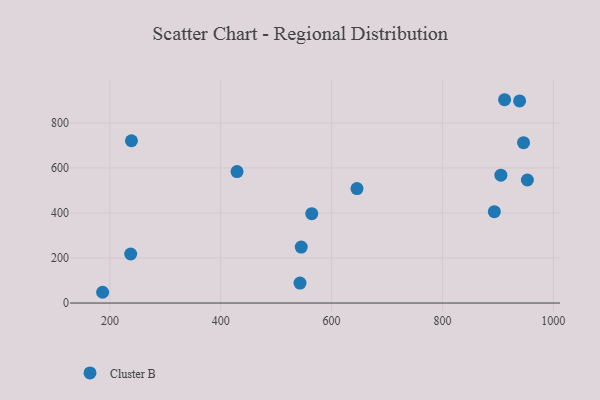
{"axis": {"x": "Speed", "y": "Sales"}, "legend": ["Cluster B"], "data": [{"x": "912.1", "y": 903.0, "type": "Cluster B"}, {"x": "564.2", "y": 396.7, "type": "Cluster B"}, {"x": "645.8", "y": 508.2, "type": "Cluster B"}, {"x": "429.4", "y": 583.8, "type": "Cluster B"}, {"x": "953.2", "y": 546.5, "type": "Cluster B"}, {"x": "893.6", "y": 405.8, "type": "Cluster B"}, {"x": "543.0", "y": 88.5, "type": "Cluster B"}, {"x": "939.2", "y": 897.6, "type": "Cluster B"}, {"x": "238.9", "y": 720.7, "type": "Cluster B"}, {"x": "545.2", "y": 248.5, "type": "Cluster B"}, {"x": "186.9", "y": 47.8, "type": "Cluster B"}, {"x": "237.5", "y": 217.8, "type": "Cluster B"}, {"x": "905.4", "y": 567.8, "type": "Cluster B"}, {"x": "946.3", "y": 712.3, "type": "Cluster B"}]}